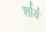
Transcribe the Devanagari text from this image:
र्शार्य